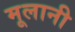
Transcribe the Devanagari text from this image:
मूलानी